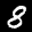
Label: 8